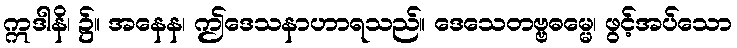
ဣဒါနိ၊ ၌။ အနေန၊ ဤဒေသနာဟာရသည်။ ဒေသေတဗ္ဗဓမ္မေ၊ ဖွင့်အပ်သော